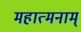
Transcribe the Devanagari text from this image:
महात्मनाम्